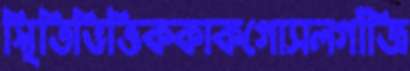
স্থিতিভিত্তিককাকগোসলগাঁজি